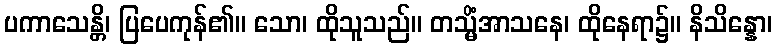
ပကာသေန္တိ၊ ပြပေကုန်၏။ သော၊ ထိုသူသည်။ တသ္မိံအာသနေ၊ ထိုနေရာ၌။ နိသိန္နော၊